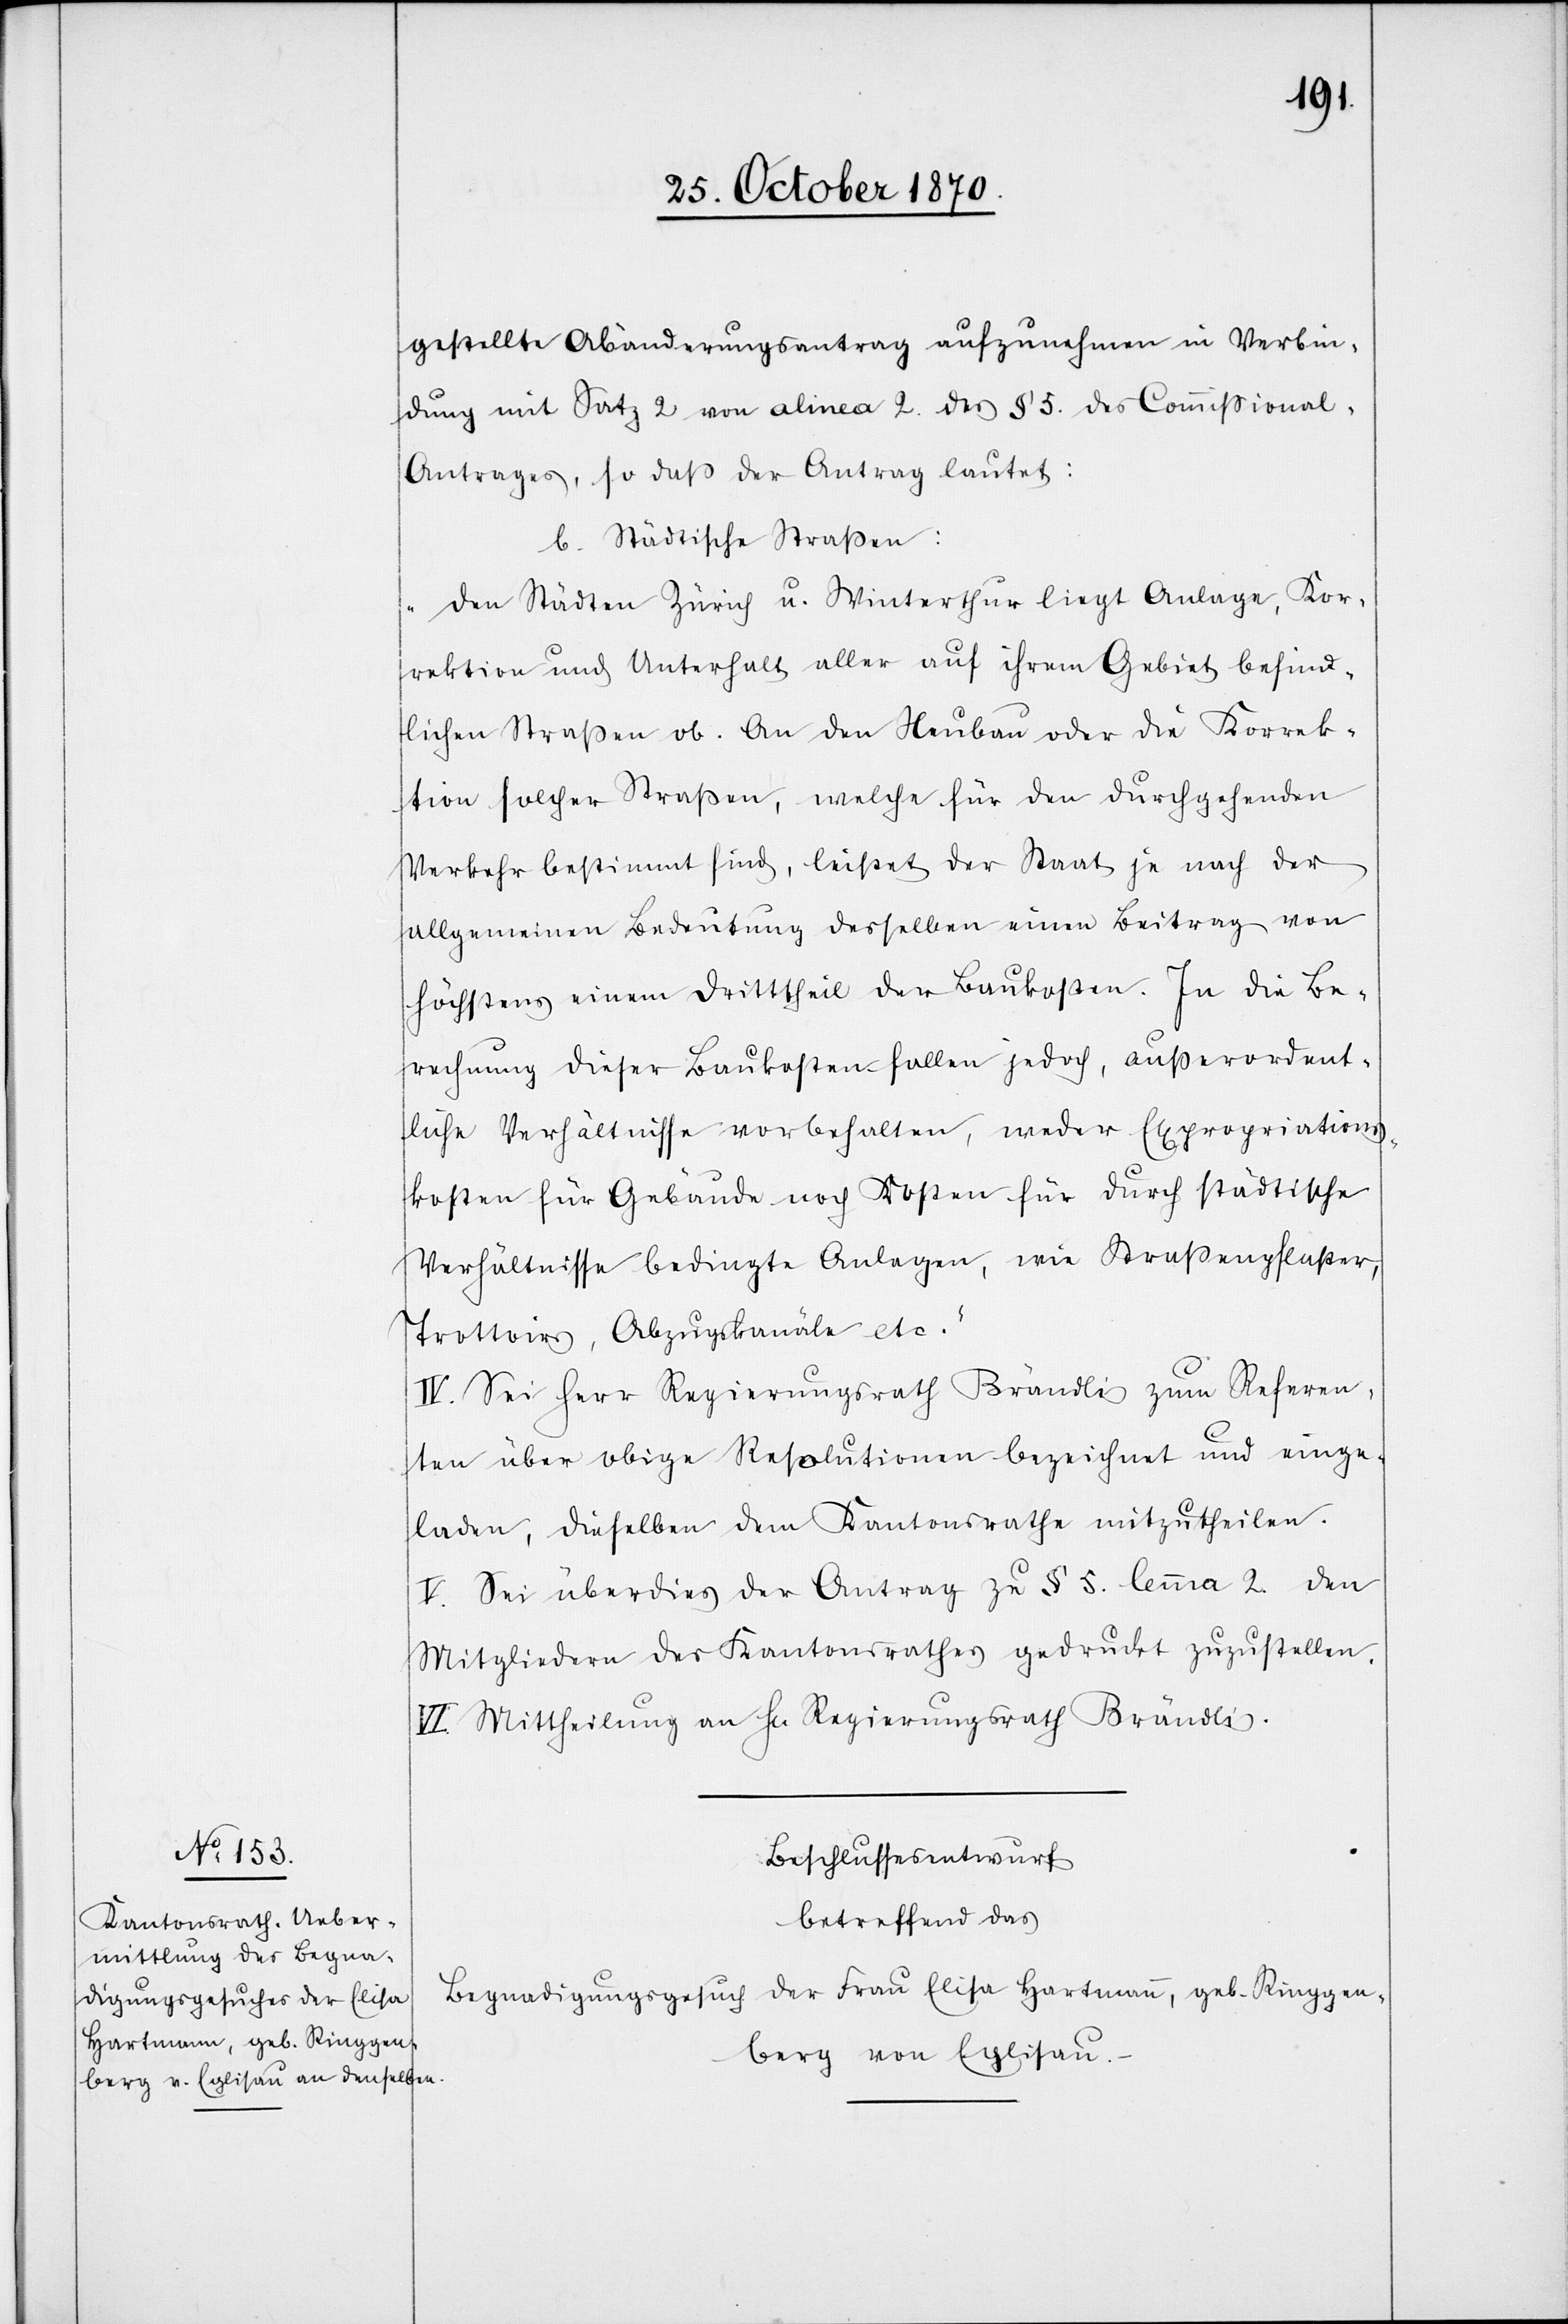
gestellte Abänderungsantrag aufzunehmen in Verbin¬
dung mit Satz 2 von alinea 2 des § 5. des Commißional-A¬
ntrages, so daß der Antrag lautet:
b. Städtische Straßen:
„Den Städten Zürich u. Winterthur liegt Anlage, Kor¬
rektion und Unterhalt aller auf ihrem Gebiet befind¬
lichen Straßen ob. An den Neubau oder die Korrek¬
tion solcher Straßen, welche für den durchgehenden
Verkehr bestimmt sind, leistet der Staat ja nach der
allgemeinen Bedeutung derselben einen Beitrag von
höchstens einem Drittheil der Baukosten. In die Be¬
rechnung dieser Baukosten fallen jedoch, außerordent¬
lich Verhältnisse vorbehalten, weder Expropriations¬
kosten für Gebäude noch Kosten für durch städtische
Verhältnisse bedingte Anlagen, wie Straßenpflaster,
Trottoirs, Abzugskanäle etc.“
IV. Sei Herr Regierungsrath Brändli zum Referen¬
ten über obige Resolutionen bezeichnet und einge¬
laden, dieselben dem Kantonsrathe mitzutheilen.
V. Sei überdies der Antrag zu § 5. lemma 2 den
Mitgliedern des Kantonsrathes gedruckt zuzustellen.
VI. Mittheilung an H[errn] Regierungsrath Brändli.
Beschlussesentwurf
betreffend das
Begnadigungsgesuch der Frau Elisa Hartmann, geb. Ringgen¬
berg von Eglisau.